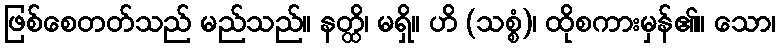
ဖြစ်စေတတ်သည် မည်သည်။ နတ္ထိ၊ မရှိ။ ဟိ (သစ္စံ)၊ ထိုစကားမှန်၏။ သော၊